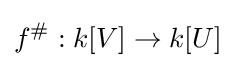
f^{\#}:k[V]\to k[U]